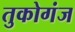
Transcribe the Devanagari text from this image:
तुकोगंज